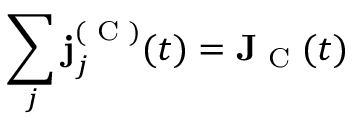
\sum _ { j } \mathbf { j } _ { j } ^ { ( \textrm { C } ) } ( t ) = \mathbf { J } _ { \textrm { C } } ( t )